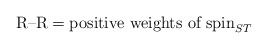
\begin{align*}\mbox{R--R}= \mbox{positive weights of }\mbox{spin}_{ST}\end{align*}